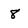
Character: 8